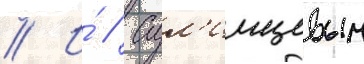
// И́ // Сул'имцевым